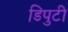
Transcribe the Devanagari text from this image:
डिपुटी